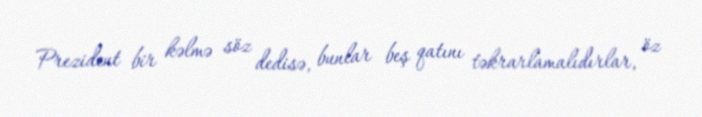
Prezident bir kəlmə söz dedisə, bunlar beş qatını təkrarlamalıdırlar, öz